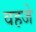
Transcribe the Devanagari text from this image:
वहजे